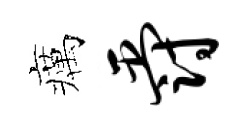
癘爵